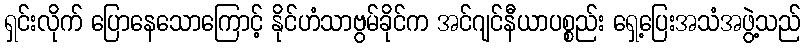
ရှင်းလိုက် ပြောနေသောကြောင့် နိုင်ဟံသာဗွမ်ခိုင်က အင်ဂျင်နီယာပစ္စည်း ရှေ့ပြေးအသံအဖွဲ့သည်